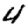
Digit: 4